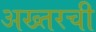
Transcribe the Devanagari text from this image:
अख्तरची